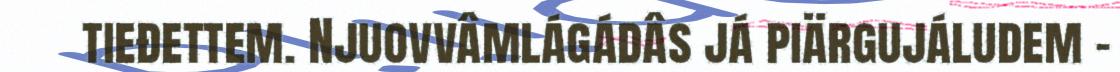
tieđettem. Njuovvâmlágádâs já piärgujáludem -